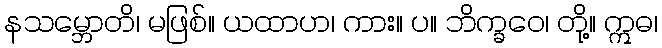
နသမ္ဘောတိ၊ မဖြစ်။ ယထာဟ၊ ကား။ ပ။ ဘိက္ခဝေ၊ တို့။ ဣဓ၊